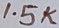
Text: 1.5K